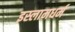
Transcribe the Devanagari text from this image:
इस्लामधर्म